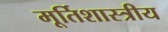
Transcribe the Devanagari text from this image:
मूर्तिशास्त्रीय